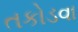
તકોડવા